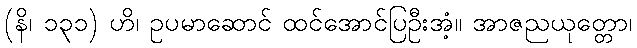
(နိ၊ ၁၃၁) ဟိ၊ ဥပမာဆောင် ထင်အောင်ပြဦးအံ့။ အာဇညယုတ္တော၊